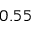
0 . 5 5